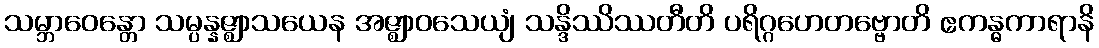
သမ္ဘာဝေန္တော သမ္ပန္နဇ္ဈာသယေန အဇ္ဈာဝသေယျံ သန္ဒိဿိဿတီတိ ပရိဂ္ဂဟေတဗ္ဗောတိ ဧကန္ဓကာရာနိ